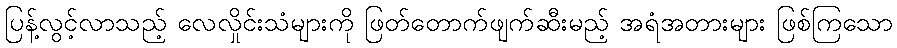
ပြန့်လွင့်လာသည့် လေလှိုင်းသံများကို ဖြတ်တောက်ဖျက်ဆီးမည့် အရံအတားများ ဖြစ်ကြသော